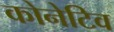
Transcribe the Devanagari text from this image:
कोनेटिव